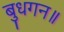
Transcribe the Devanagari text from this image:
बुधगन॥